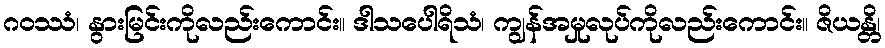
ဂဝဿံ၊ နွားမြင်းကိုလည်းကောင်း။ ဒါသပေါရိသံ၊ ကျွန်အမှုလုပ်ကိုလည်းကောင်း။ ဇိယန္တိ၊